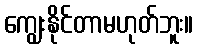
ကျွေးနိုင်တာမဟုတ်ဘူး။